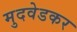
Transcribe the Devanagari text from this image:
मुदवेडकर